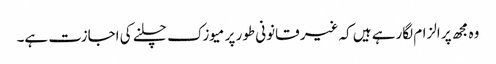
وہ مجھ پر الزام لگارہے ہیں کہ غیر قانونی طور پر میوزک چلنے کی اجازت ہے۔